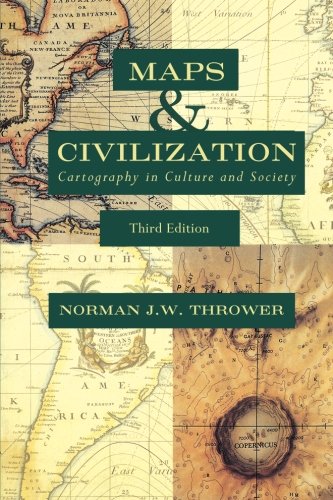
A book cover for Maps and Civilization: Cartography in Culture and Society, Third Edition; Norman J. W. Thrower; Science & Math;